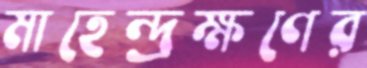
মাহেন্দ্রক্ষণের